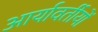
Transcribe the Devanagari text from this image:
आर्यावर्तीयों